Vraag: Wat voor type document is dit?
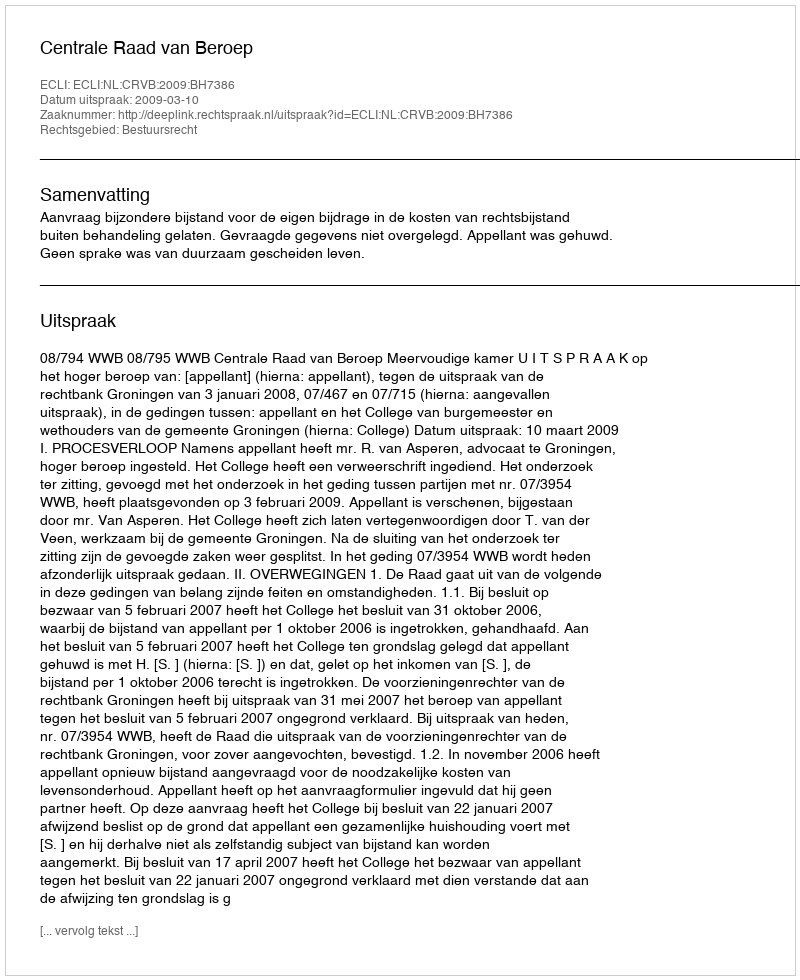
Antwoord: Uitspraak